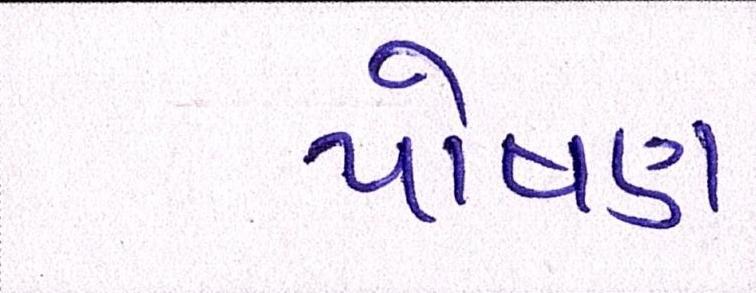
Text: પોષણ